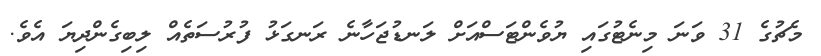
މެޗުގެ 31 ވަނަ މިނެޓުގައި ޔުވެންޓަސްއަށް ލަނޑުޖަހާނެ ރަނގަޅު ފުރުސަތެއް ލިބިގެންދިޔަ އެވެ.